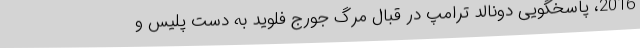
2016، پاسخگویی دونالد ترامپ در قبال مرگ جورج فلوید به دست پلیس و